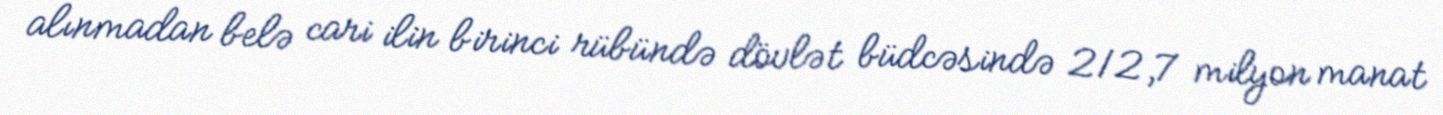
alınmadan belə cari ilin birinci rübündə dövlət büdcəsində 212,7 milyon manat